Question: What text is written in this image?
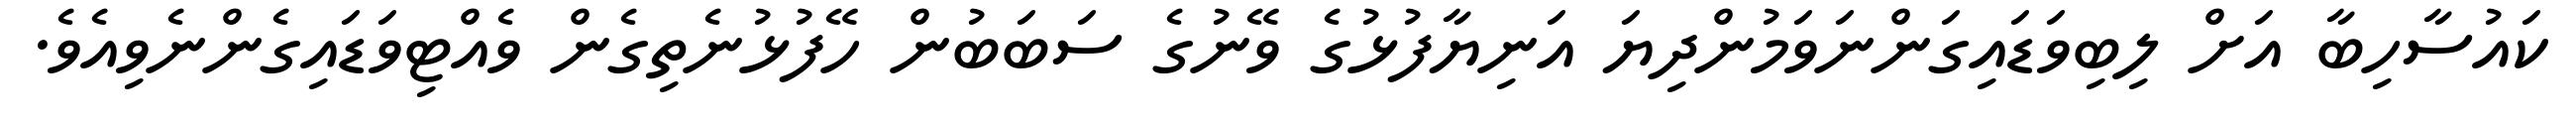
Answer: ކައުސާހިބާ އަށް ލިބިވަޑައިގަންނަވަމުންދިޔަ އަނިޔާފުޅުގެ ވޭނުގެ ސަބަބުން ހޭފުޅުނެތިގެން ވެއްޓިވަޑައިގެންނެވިއެވެ.